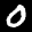
Digit: 0